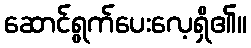
ဆောင်ရွက်ပေးလေ့ရှိ၏။